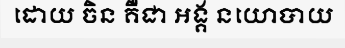
ដោយ ចិន គឺជា អង្គ នយោបាយ